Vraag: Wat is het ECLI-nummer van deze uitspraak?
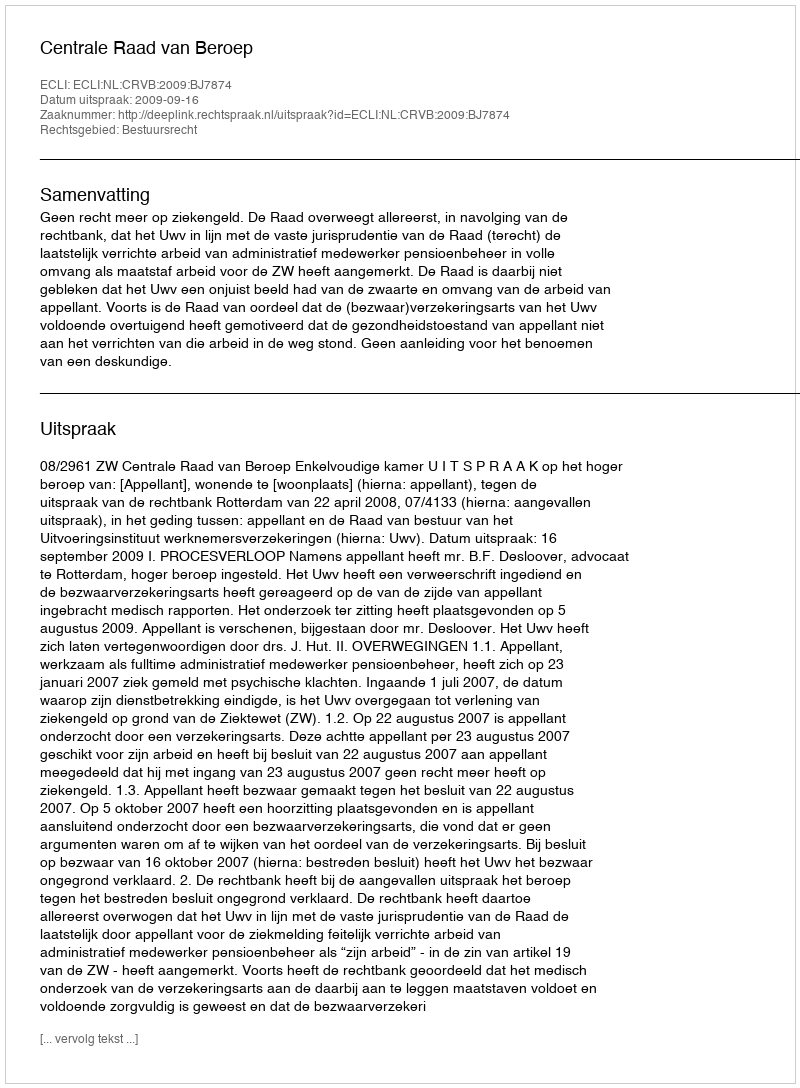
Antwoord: ECLI:NL:CRVB:2009:BJ7874